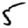
Digit: 5